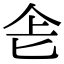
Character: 𠤒